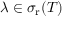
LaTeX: \lambda \in \sigma _ { \mathrm { r } } ( T )